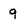
Character: 9